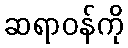
ဆရာဝန်ကို